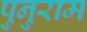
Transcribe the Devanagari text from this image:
पुनुराम